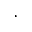
.